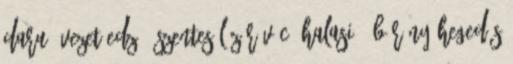
Daru. Vezetőedző: Szentes Lázár VÁC: Halasi – Búrány Hegedűs